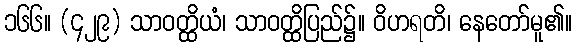
၁၆၆။ (၄၂၉) သာဝတ္ထိယံ၊ သာဝတ္ထိပြည်၌။ ဝိဟရတိ၊ နေတော်မူ၏။